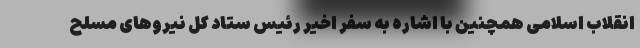
انقلاب اسلامی همچنین با اشاره به سفر اخیر رئیس ستاد کل نیروهای مسلح